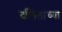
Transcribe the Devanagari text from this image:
दलिंतांच्या